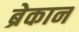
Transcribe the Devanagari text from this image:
ब्रेकान